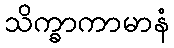
သိက္ခာကာမာနံ